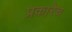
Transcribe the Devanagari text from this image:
प्रकारेच